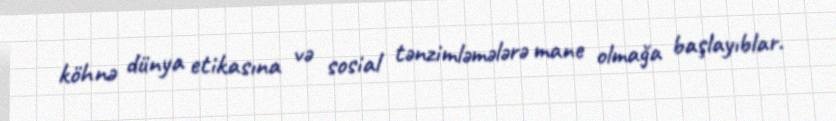
köhnə dünya etikasına və sosial tənzimləmələrə mane olmağa başlayıblar.